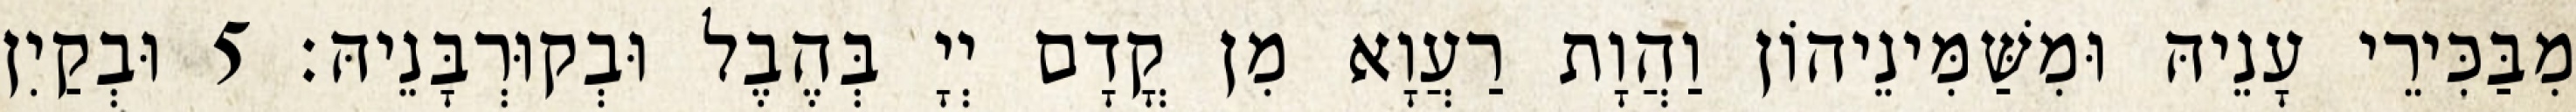
מִבַּכִּירֵי עָנֵיהּ וּמִשַּׁמִּינֵיהוֹן וַהֲוָת רַעֲוָא מִן קֳדָם יְיָ בְּהֶבֶל וּבְקוּרְבָּנֵיהּ׃ 5 וּבְקַיִן